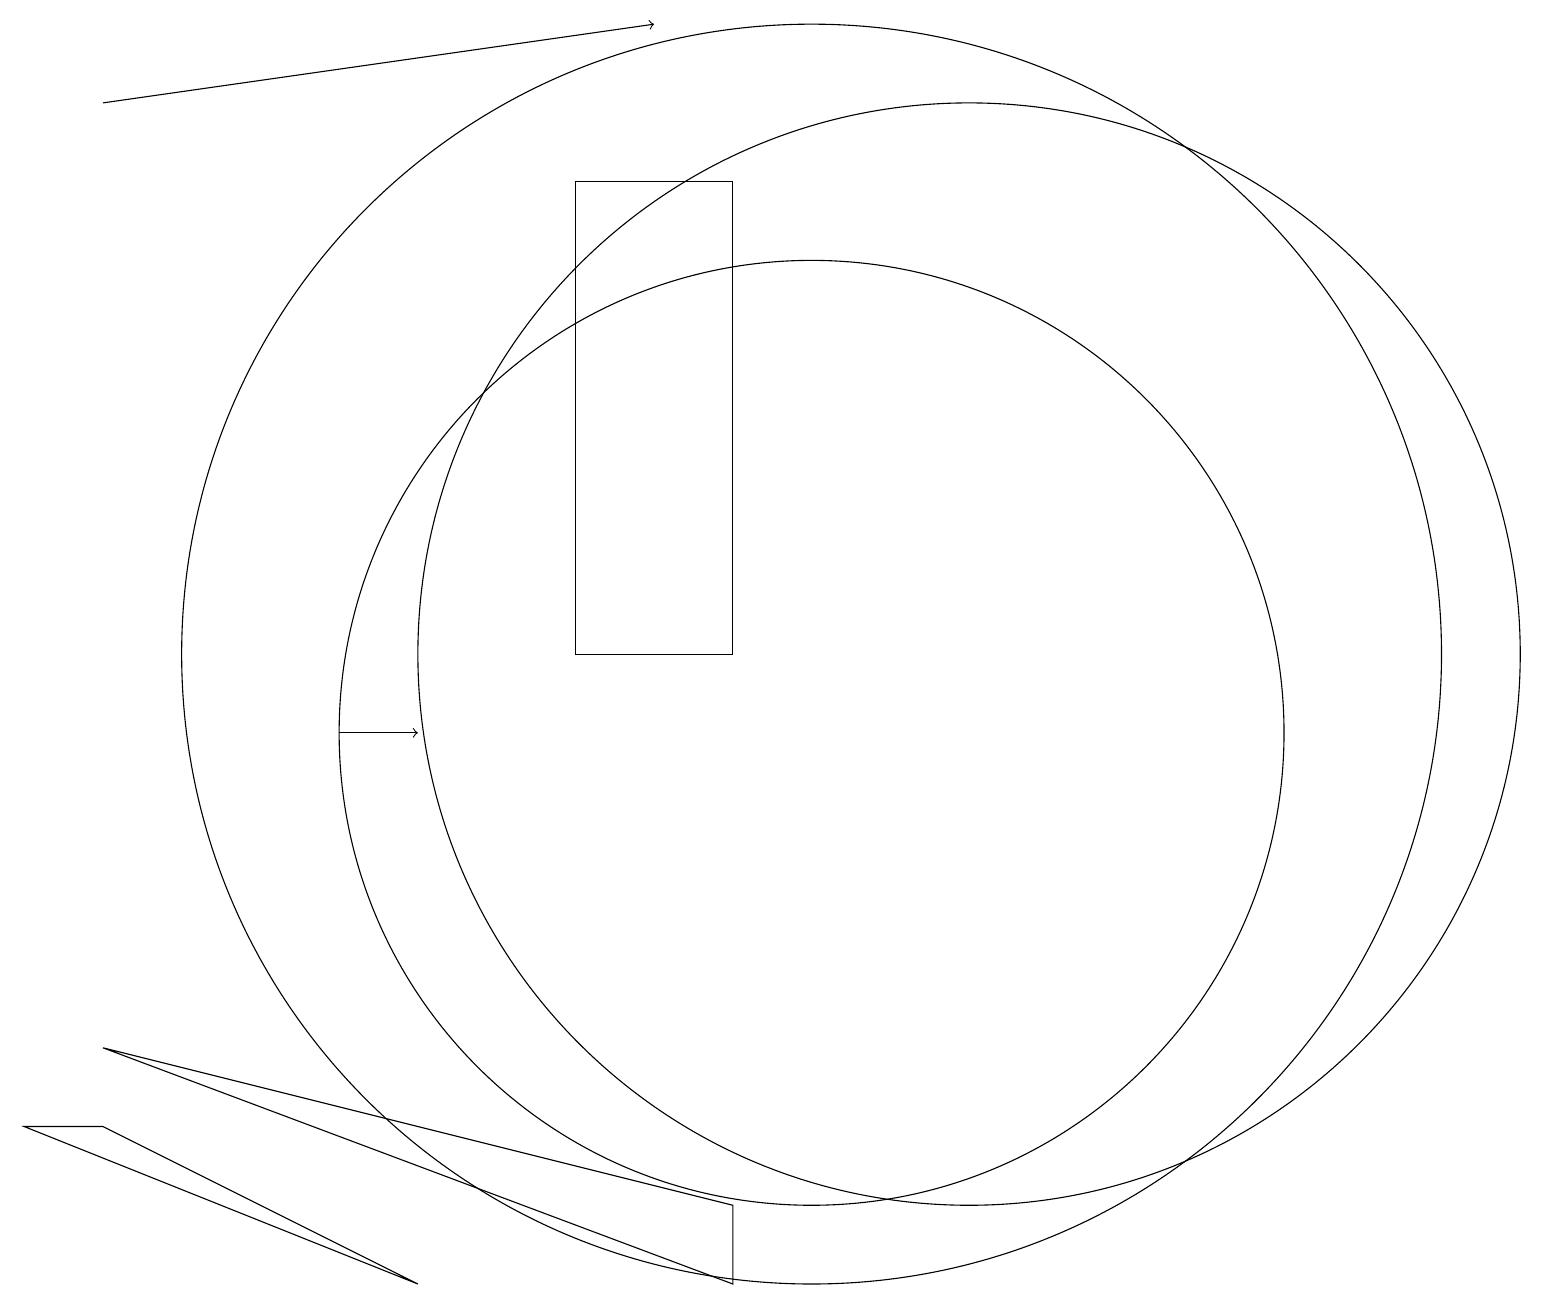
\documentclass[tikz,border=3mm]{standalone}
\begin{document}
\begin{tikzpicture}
\draw[->] (4,10) -- (5,10);
\draw (1,5) -- (5,3) -- (0,5) -- cycle;
\draw (9,11) rectangle (7,17);
\draw (10,10) circle (6);
\draw (10,11) circle (8);
\draw (12,11) circle (7);
\draw (9,4) -- (1,6) -- (9,3) -- cycle;
\draw[->] (1,18) -- (8,19);
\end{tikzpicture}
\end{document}